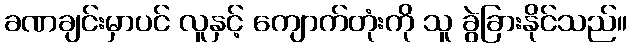
ခဏချင်းမှာပင် လူနှင့် ကျောက်တုံးကို သူ ခွဲခြားနိုင်သည်။